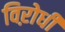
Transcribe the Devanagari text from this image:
विऱोधी